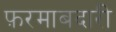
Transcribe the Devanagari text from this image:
फ़रमाबदारी